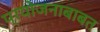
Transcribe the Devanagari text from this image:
प्रयोजनाबाबत